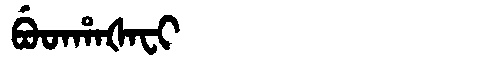
Manchu: ᠪᡠᡨᡥᠠᡧᠠᠸᡳ
Romanization: BUTHAŠAFI